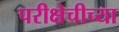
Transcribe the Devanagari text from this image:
परीक्षेचीच्या